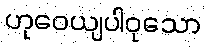
ဟုဝေယျပါဝုသော